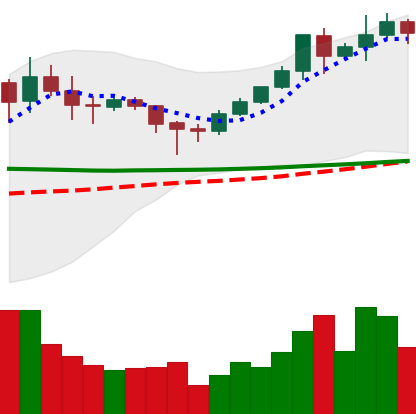
Ticker: XMR-USD
Chart end date: 2020-02-04
Forward return: 16.403%
Label: up_7plus